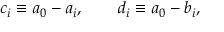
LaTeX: c _ { i } \equiv a _ { 0 } - a _ { i } , \qquad d _ { i } \equiv a _ { 0 } - b _ { i } ,